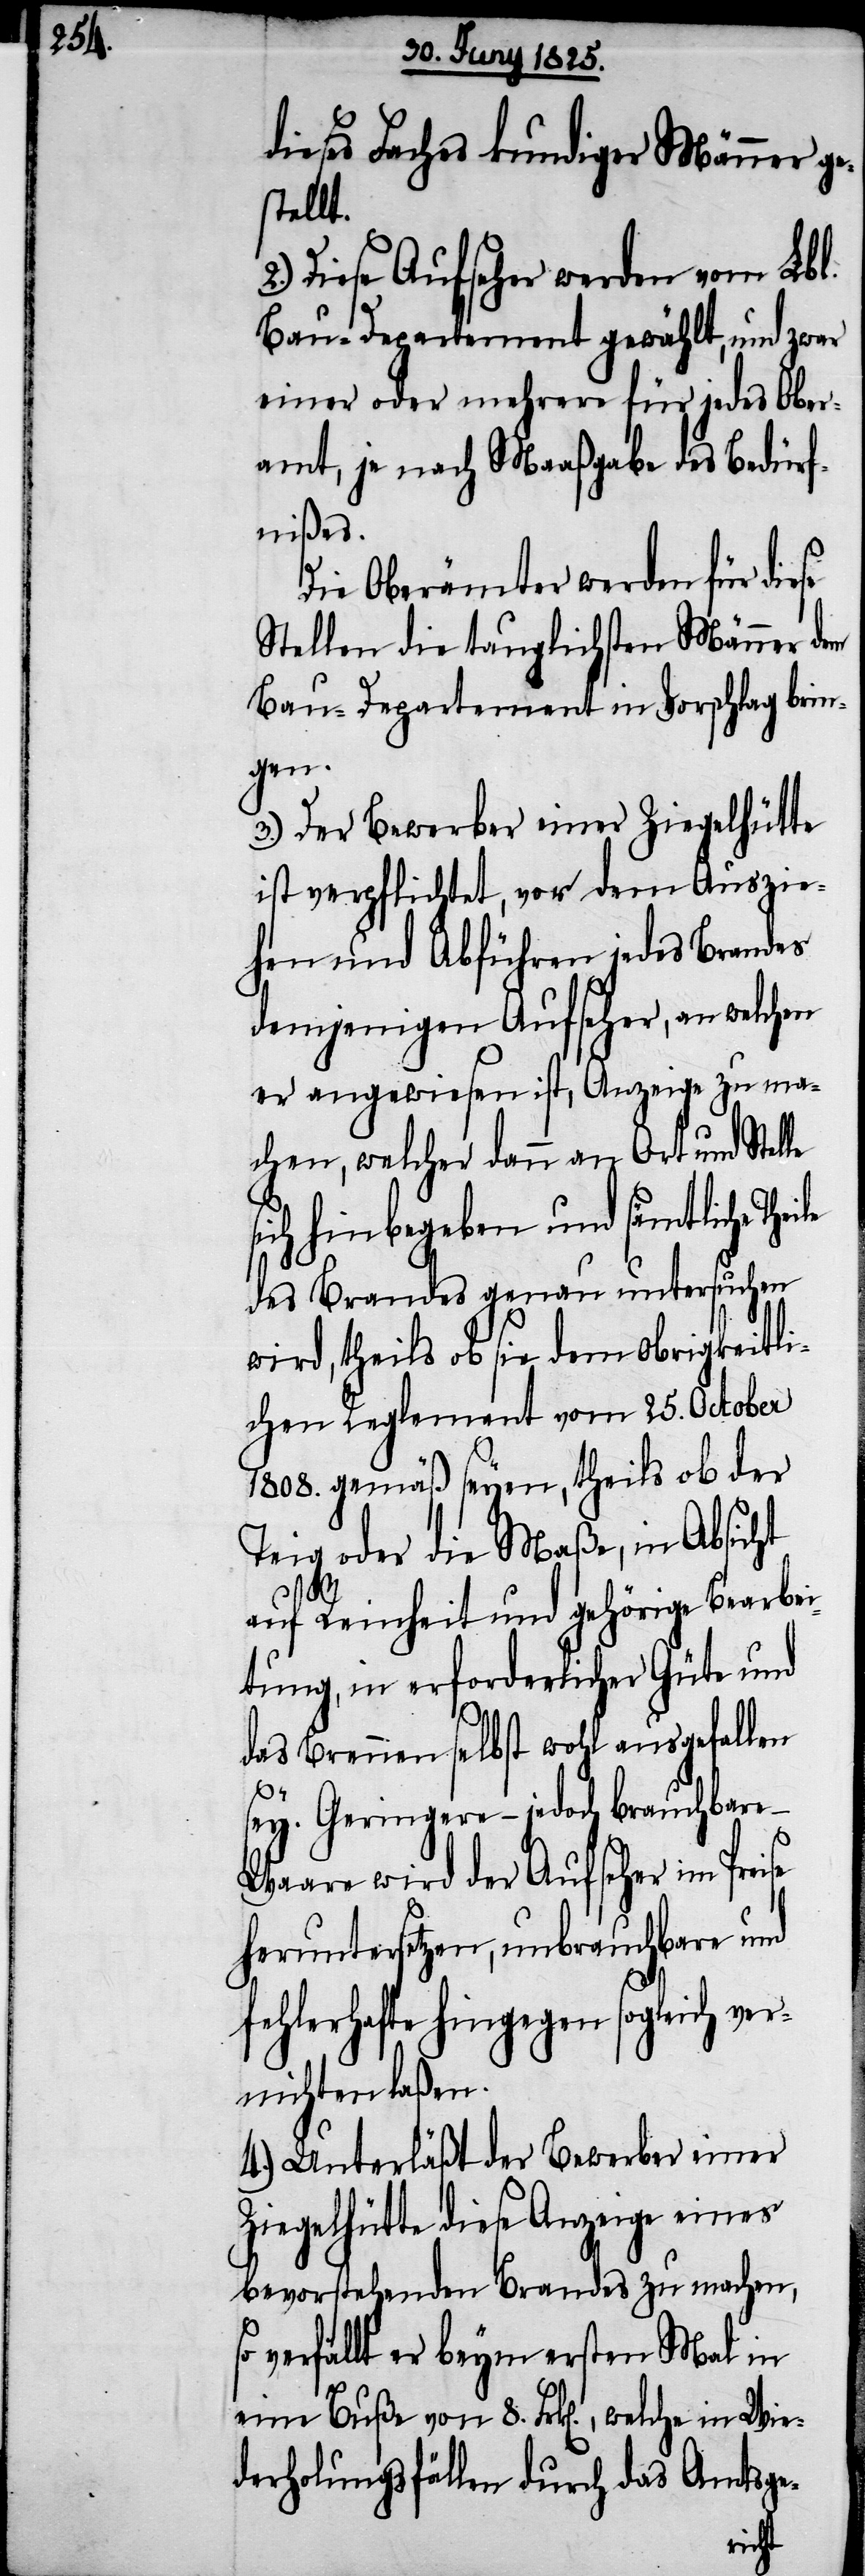
Wie¬

dieses Faches kundiger Männer ge¬
stellt.
Diese Aufseher werden vom Lbl.
Bau-Departement gewählt, und zwar
einer oder mehrere für jedes Ober¬
amt, je nach Maaßgabe des Bedürf¬
nißes.
Die Oberämter werden für diese
Stellen die tauglichsten Männer dem
Bau-Departement in Vorschlag brin¬
gen.
3.) Der Bewerber einer Ziegelhütte
ist verpflichtet, vor dem Auszie¬
hen und Abführen jedes Brandes
demjenigen Aufseher, an welchen
er angewiesen ist, Anzeige zu ma¬
chen, welcher dann an Ort und Stel¬
sich hinbegeben und sämtliche
des Brandes genau untersuchen
wird, theils ob sie dem obrigkeitli¬
chen Reglement vom 25. October
1808. gemäß seyen, theils ob der
Teig oder die Maße, in Absicht
auf Reinheit und gehörige Bearbei¬
tung, in erforderlicher Güte und
das Brennen selbst wohl ausgefallen
sey. Geringere – jedoch brauchbare
Waare wird der Aufseher im
heruntersetzen, unbrauchbare und
fehlerhafte hingegen sogleich ver¬
nichten laßen.
4.) Unterläßt der Bewerber einer
Ziegelhütte diese Anzeige eines
bevorstehenden Brandes zu machen,
verfällt er beim ersten Mal in
derholungsfällen durch das Amtsge-
le